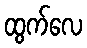
ထွက်လေ